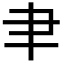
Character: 𦘒